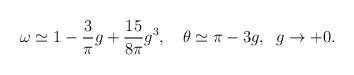
LaTeX: \begin{align*}\omega\simeq1-\frac3\pi g+\frac{15}{8\pi}g^3,\quad\theta\simeq\pi-3g,\;\;g\to+0.\end{align*}